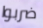
ضربوا